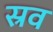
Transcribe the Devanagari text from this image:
स्रव